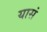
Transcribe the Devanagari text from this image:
यासं